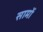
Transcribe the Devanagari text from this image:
सामों